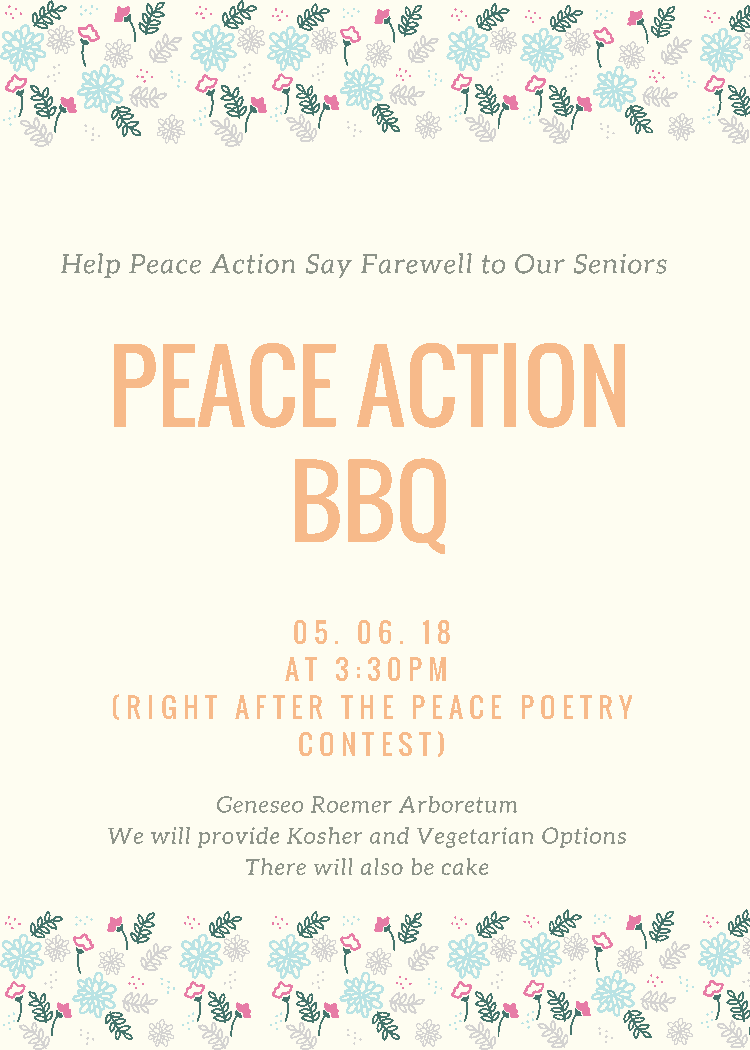
Help Peace Action Say Farewell to Our Seniors
 PEACE            ACTION
 BBQ
 0 5. 0 6. 1 8
 A T 3 :3 0 P M
 ( R I G H T A F TER TH E P EA CE P OETR Y
 CON TES T)
 Geneseo Roemer Arboretum
 We will provide Kosher and Vegetarian Options
 There will also be cake